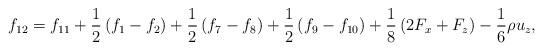
LaTeX: \begin{align*}{f_{12}} = {f_{11}} + \frac{1}{2}\left( {{f_1} - {f_2}} \right) + \frac{1}{2}\left( {{f_7} - {f_8}} \right) + \frac{1}{2}\left( {{f_9} - {f_{10}}} \right) + \frac{1}{8}\left( {2{F_x} + {F_z}} \right) - \frac{1}{6}\rho {u_z},\end{align*}